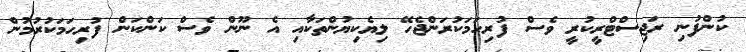
ކުންފުނި ރަޖިސްޓްރީކުރީ ވެސް ފުރިހަމަކުރަންޖެހޭ ލިޔެކިޔުންތަކާއި އެ ނޫން ވެސް ކަންކަން ފުރިހަމަކުރުމުން